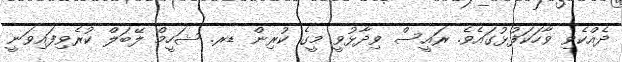
ދެއްކެވި ވާހަކަފުޅުގައެވެ. ރައީސް ވިދާޅުވީ މީގެ ކުރިން ޑރ. ޝަހީމް ލޭބަލް ކުރެވިފައިވަނީ